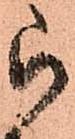
被